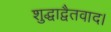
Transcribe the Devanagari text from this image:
शुद्धाद्वैतवाद।